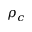
\rho _ { c }